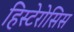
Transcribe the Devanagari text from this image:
हिस्टेरोसिस